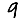
Digit: 9